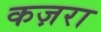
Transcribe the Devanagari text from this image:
कज़रा